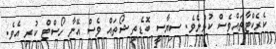
ކެރެކްޓާތައްވެސް ކުޅުނެވެ. ސިޔާސީ ބޮޑެތި ޝޯތައް ވެސް އޭނާ ހޯސްޓް ކުރި އެވެ.